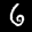
Label: 6